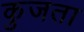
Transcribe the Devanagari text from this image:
कुजता